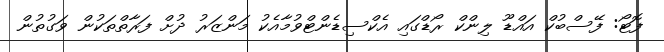
ފޮޓޯ: ފޭސްބުކް އައްޑޫ ލިންކް ރޯޑްގައި އެކްސިޑެންޓްވުމާއެކު މަންޒަރު ދުށް ފަރާތްތަކުން ވަގުތުން